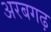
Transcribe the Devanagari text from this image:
अरबगढ़